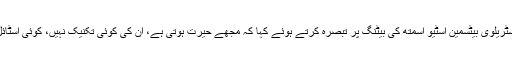
پاکستان کے سابق فاسٹ بولر شعیب اختر نے آسٹریلوی بیٹسمین اسٹیو اسمتھ کی بیٹنگ پر تبصرہ کرتے ہوئے کہا کہ مجھے حیرت ہوتی ہے، ان کی کوئی تکنیک نہیں، کوئی اسٹائل نہیں لیکن پھر بھی وہ ایک موثر کھلاڑی ہیں۔